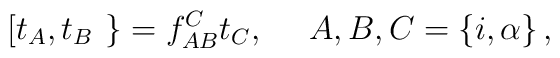
\left[ t_A, t_B \right. \left. \right\} = f^C_{AB} t_C, \ \ \ \  A,B,C =\left\{i, \alpha \right\},